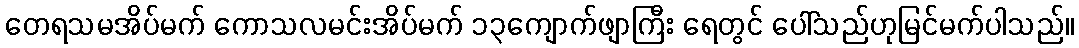
တေရသမအိပ်မက် ကောသလမင်းအိပ်မက် ၁၃ကျောက်ဖျာကြီး ရေတွင် ပေါ်သည်ဟုမြင်မက်ပါသည်။